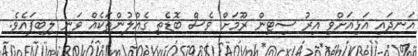
އަނދައި އަޅިއަށްވި އިރު ސިޓިން ރޫމަށް ވެސް ބޮޑެތި ގެއްލުންތަކެއް ވަނީ ލިބިފައެވެ.